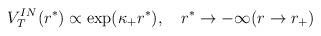
LaTeX: \begin{align*}V_T^{IN}(r^*) \propto \exp (\kappa_+ r^*),~~~ r^* \to -\infty (r \to r_+)\end{align*}